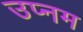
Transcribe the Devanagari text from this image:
उप्नम